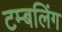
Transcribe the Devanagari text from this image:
टम्बलिंग